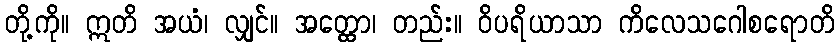
တို့ကို။ ဣတိ အယံ၊ လျှင်။ အတ္ထော၊ တည်း။ ဝိပရိယာသာ ကိလေသဂေါစရောတိ